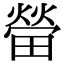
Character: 㽦